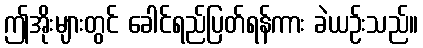
ဤအိုးများတွင် ခေါင်ရည်ပြတ်ရန်ကား ခဲယဉ်းသည်။